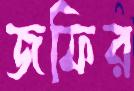
জফির